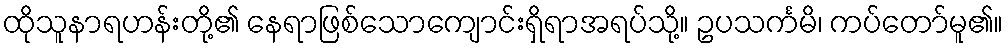
ထိုသူနာရဟန်းတို့၏ နေရာဖြစ်သောကျောင်းရှိရာအရပ်သို့။ ဥပသင်္ကမိ၊ ကပ်တော်မူ၏။